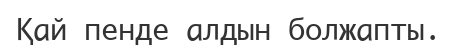
Қай пенде алдын болжапты.